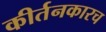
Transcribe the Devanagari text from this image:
कीर्तनकारच